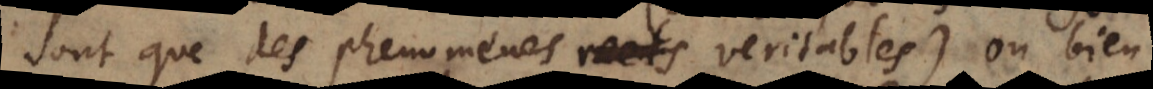
sont que des phenomenes réels veritables) ou bien